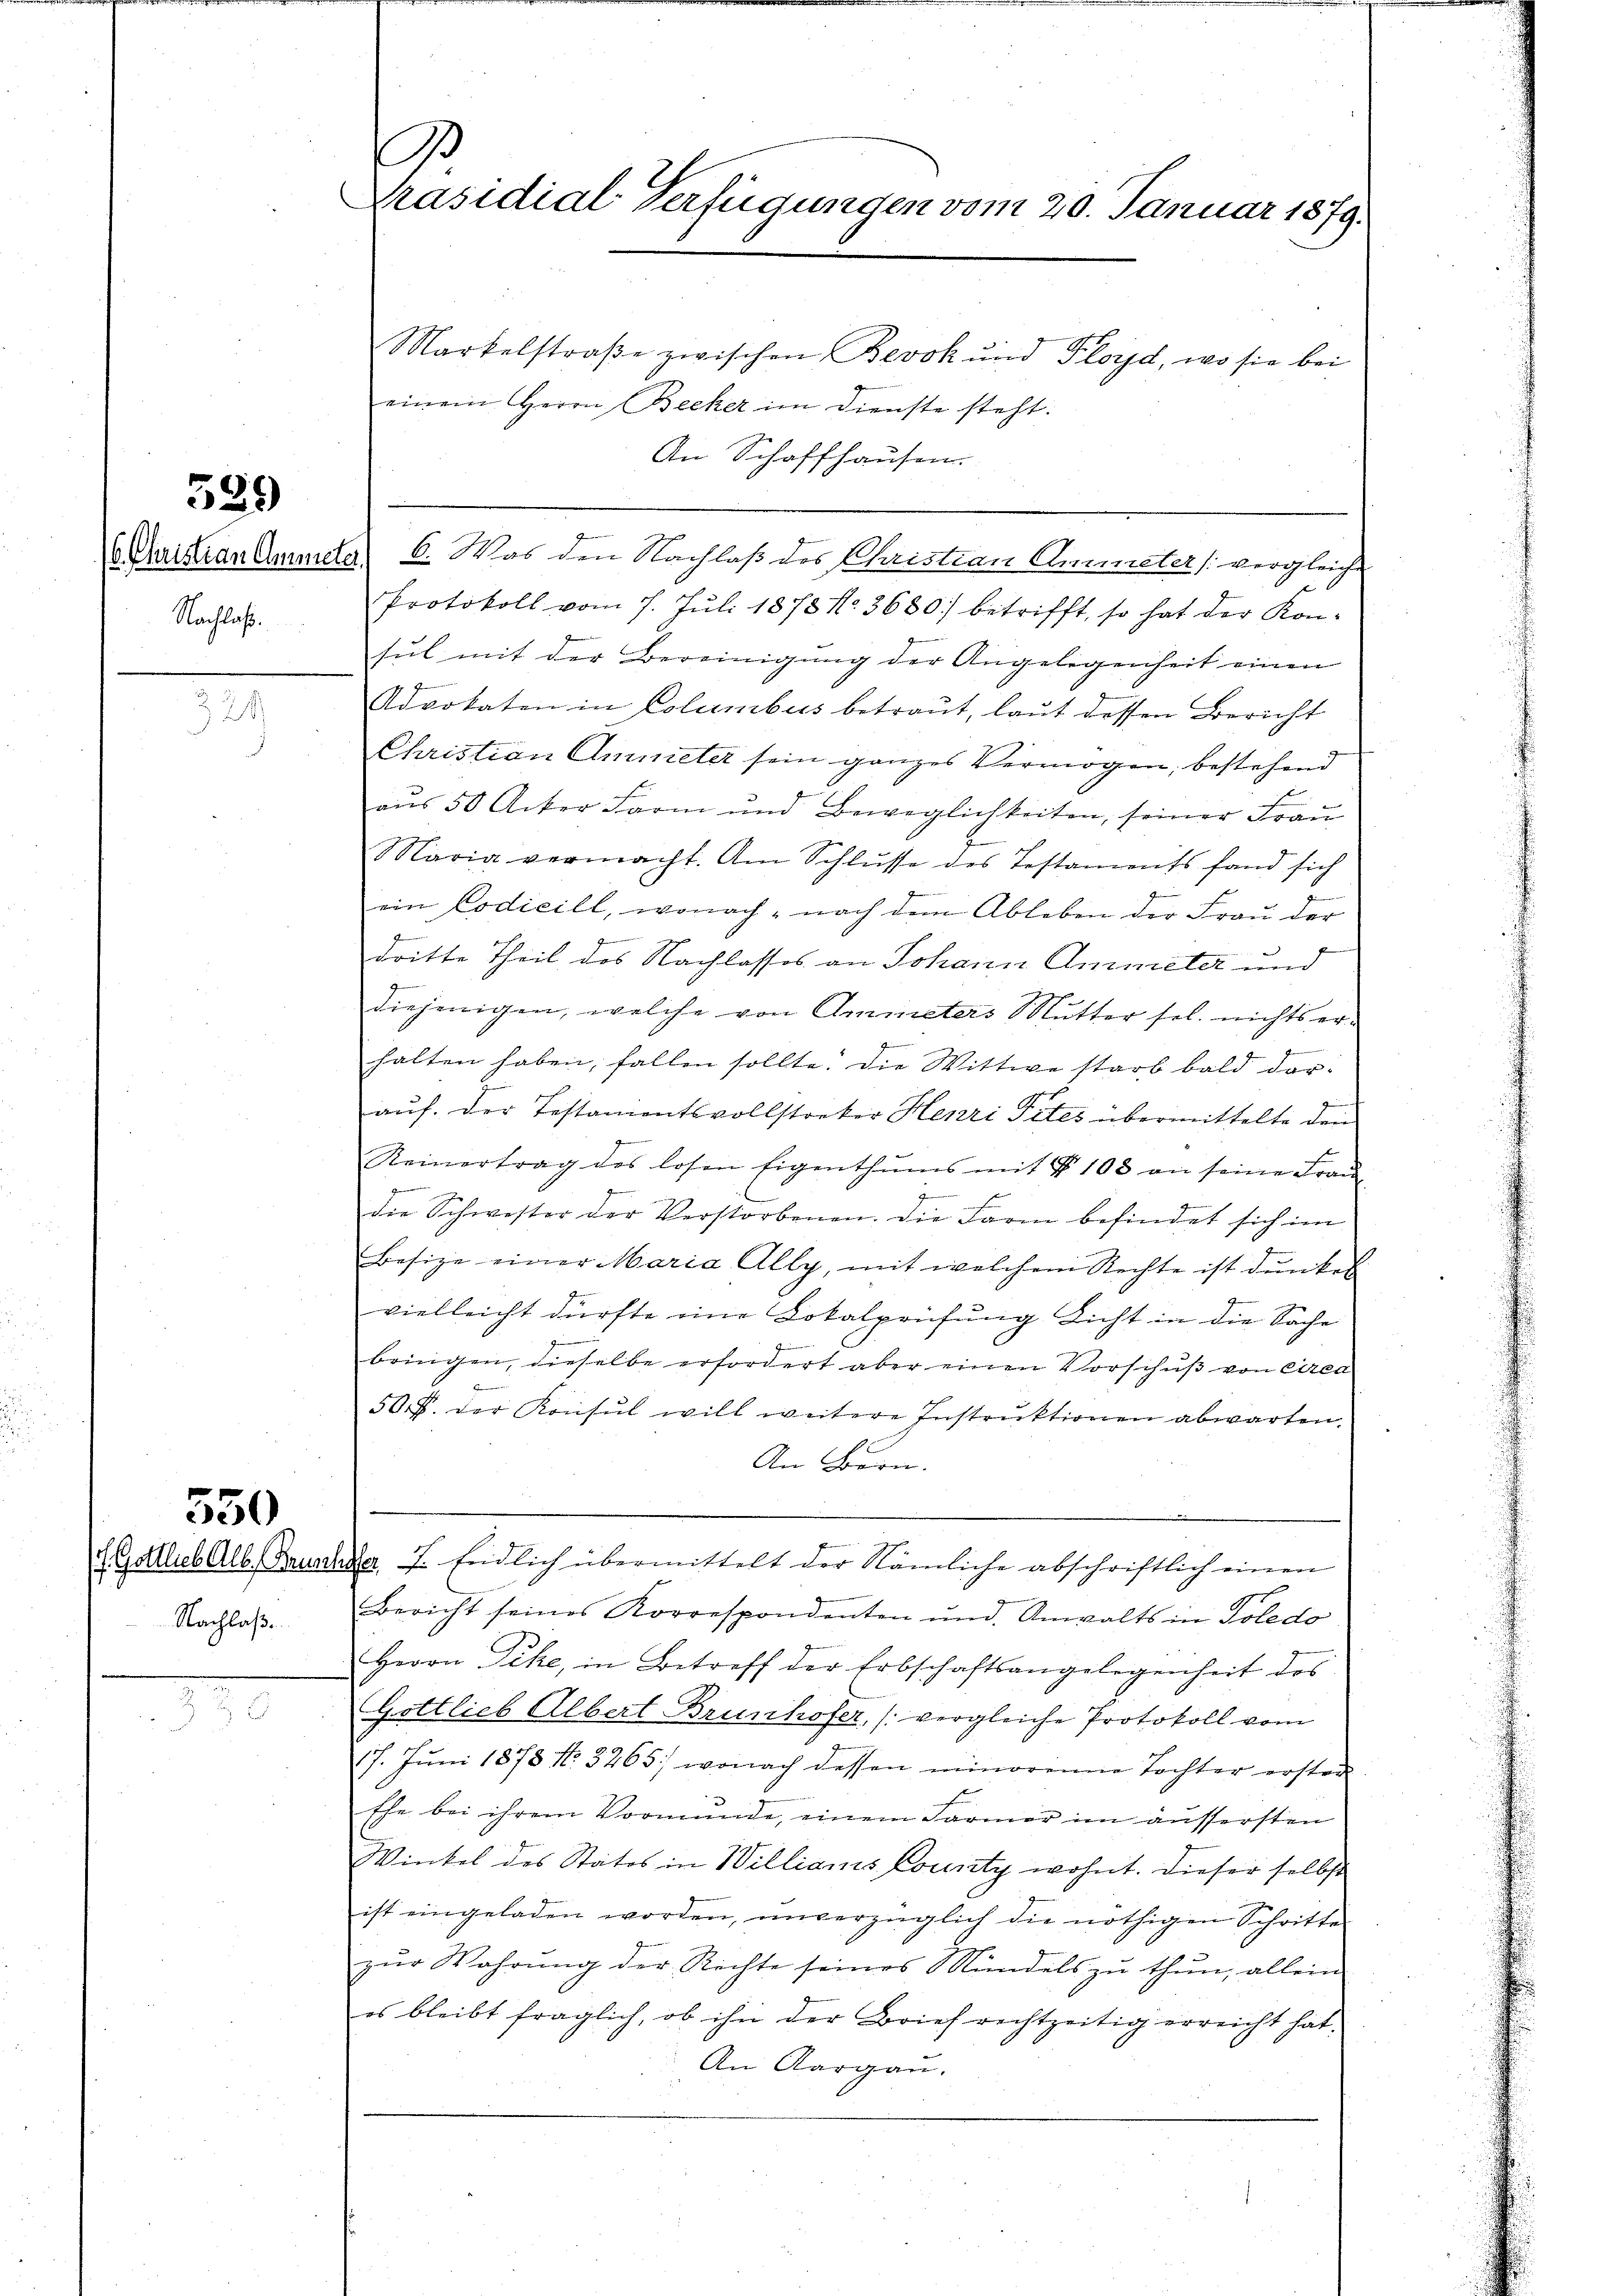
Nachlaß.

589

324

550

Nachlaß

Markelstraβe zwischen Bevok und Floyd, wo sie bei
einem Herrn Becker im Dienste steht.
An Schaffhausen.
 Plastian Ammele 6. Was den Nachlaß des Christian Antreter (vergleiche
Protokoll vom 7. Juli 1878 No. 3630) betrifft, so hat der Konsul mit der Bereinigung der Angelegenheit einen
Advokaten in Columbus betraut, laut dessen Bericht
Christian Amieter sein ganzes Vermögen, bestehend
aus 50 Acker Farm und Beweglichkeiten, seiner Frau
f
Maria vermacht. Am Schlŭsse des Testaments fand sich
ein Codicill, wonach - nach dem Ableben der Frau der
dritte Theil des Nachlasses an Johann Ammeter und
diejenigen, welche von Ammeters Mutter sel. nichts er¬
.
halten haben, fallen sollte. Die Wittwe starb bald darauf. Der Testamentsvollstocker Henri Tites übermittelte den
Reinertrag des losen Eigenthŭms mit § 108 an seine Frau-
e
J
die Schwester der Verstorbenen. Die Farm befindet sich im
Besize einer Maria Ally, mit welchem Rechte ist dunkel
vielleicht dürfte eine Lokalprüfung Licht in die Sache
bringen, dieselbe erfordert aber einen Vorschuß von Circa
50 f. der Konsul will weitere Instruktionen abwarten.
An Bern.
L. Gottlieb Alb. Rauscher, 7. Endlich übermittelt der Nämliche abschriftlich einen
9
Bericht seines Korrespondenten und Anwalts in Toledo
Herrn Pike, in Betreff der Erbschaftsangelegenheit des
Gottlieb Albert Brunhofer, (vergleiche Protokoll vom
17. Jŭni 1878 No. 3265, wonach dessen minorenne Tochter ersten
Ehe bei ihrem Vormunde, einem Farmer im äussersten
Winkel des Statos in Williaris County wohnt. Dieser selbst
ist eingeladen worden, unverzüglich die nöthigen Schritte
zŭr Wahrŭng der Richte seines Mündels zŭ thŭn, allein
es bleibt fraglich, ob ihn der Brief rechtzeitig erreicht hat.
An Aargau.

E
Präsidial-Verfügungen vom 20. Januar 1879.